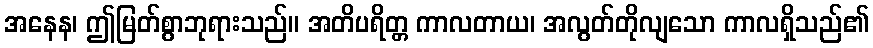
အနေန၊ ဤမြတ်စွာဘုရားသည်။ အတိပရိတ္တ ကာလတာယ၊ အလွတ်တိုလျသော ကာလရှိသည်၏